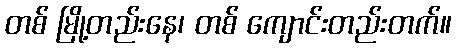
တစ် မြို့တည်းနေ၊ တစ် ကျောင်းတည်းတက်။